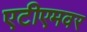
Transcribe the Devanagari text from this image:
एटीएमवर